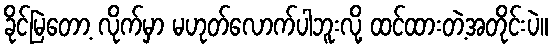
ခိုင်မြဲတော့ လိုက်မှာ မဟုတ်လောက်ပါဘူးလို့ ထင်ထားတဲ့အတိုင်းပဲ။